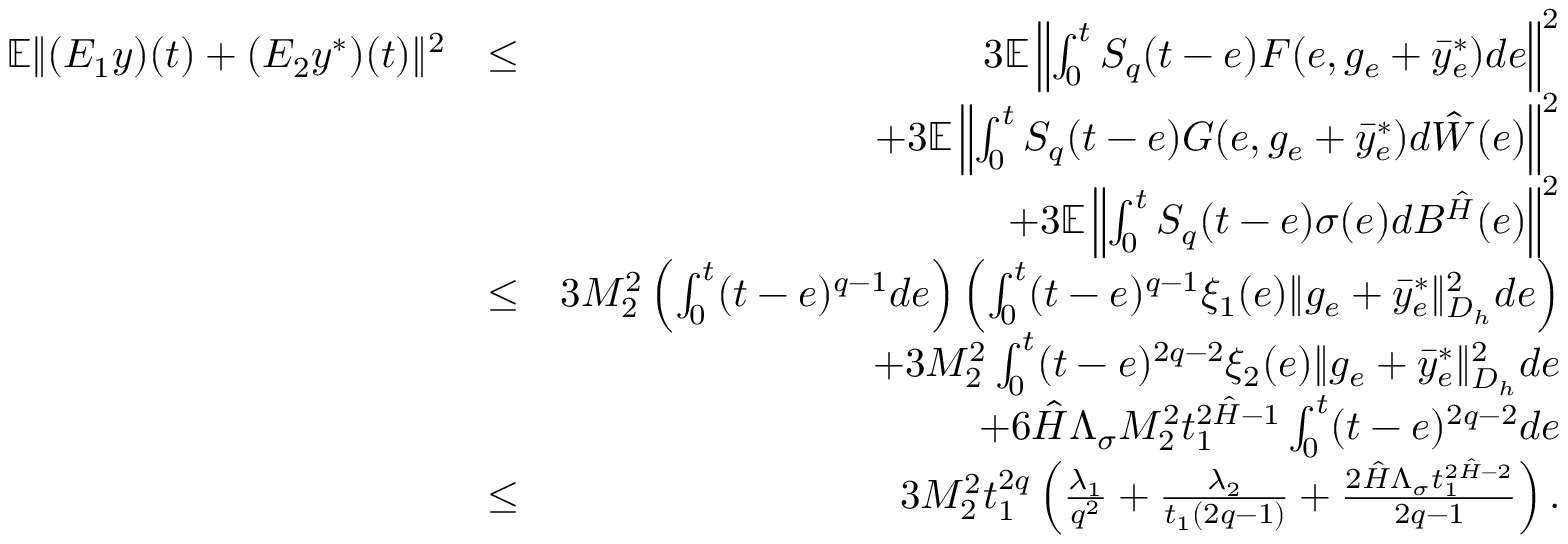
\begin{array} { r l r } { \mathbb { E } \| ( { \cal E } _ { 1 } y ) ( t ) + ( { \cal E } _ { 2 } y ^ { * } ) ( t ) \| ^ { 2 } } & { \leq } & { 3 \mathbb { E } \left\| \int _ { 0 } ^ { t } { \cal S } _ { q } ( t - e ) { \cal F } ( e , g _ { e } + \bar { y } _ { e } ^ { * } ) d e \right\| ^ { 2 } } \\ & { } & { + 3 \mathbb { E } \left\| \int _ { 0 } ^ { t } { \cal S } _ { q } ( t - e ) { \cal G } ( e , g _ { e } + \bar { y } _ { e } ^ { * } ) d \hat { \cal W } ( e ) \right\| ^ { 2 } } \\ & { } & { + 3 \mathbb { E } \left\| \int _ { 0 } ^ { t } { \cal S } _ { q } ( t - e ) \sigma ( e ) d { \cal B } ^ { \hat { \cal H } } ( e ) \right\| ^ { 2 } } \\ & { \leq } & { 3 { \cal M } _ { 2 } ^ { 2 } \left( \int _ { 0 } ^ { t } ( t - e ) ^ { q - 1 } d e \right) \left( \int _ { 0 } ^ { t } ( t - e ) ^ { q - 1 } \xi _ { 1 } ( e ) \| g _ { e } + \bar { y } _ { e } ^ { * } \| _ { { \cal D } _ { h } } ^ { 2 } d e \right) } \\ & { } & { + 3 { \cal M } _ { 2 } ^ { 2 } \int _ { 0 } ^ { t } ( t - e ) ^ { 2 q - 2 } \xi _ { 2 } ( e ) \| g _ { e } + \bar { y } _ { e } ^ { * } \| _ { { { \cal D } _ { h } } } ^ { 2 } d e } \\ & { } & { + 6 \hat { \cal H } \Lambda _ { \sigma } { \cal M } _ { 2 } ^ { 2 } t _ { 1 } ^ { 2 \hat { \cal H } - 1 } \int _ { 0 } ^ { t } ( t - e ) ^ { 2 q - 2 } d e } \\ & { \leq } & { 3 { \cal M } _ { 2 } ^ { 2 } { t } _ { 1 } ^ { 2 q } \left( \frac { \lambda _ { 1 } } { q ^ { 2 } } + \frac { \lambda _ { 2 } } { t _ { 1 } ( 2 q - 1 ) } + \frac { 2 \hat { \cal H } \Lambda _ { \sigma } t _ { 1 } ^ { 2 \hat { \cal H } - 2 } } { 2 q - 1 } \right) . } \end{array}